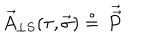
LaTeX: \vec { A } _ { \perp S } ( \tau , \vec { \sigma } ) \stackrel { \circ } { = } \, { \vec { \vec { P } } }